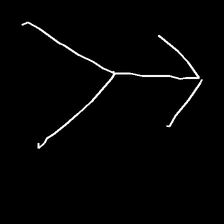
Glyph: gather